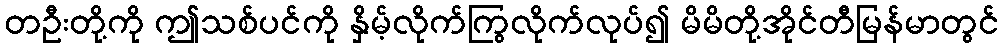
တဦးတို့ကို ဤသစ်ပင်ကို နှိမ့်လိုက်ကြွလိုက်လုပ်၍ မိမိတို့အိုင်တီမြန်မာတွင်